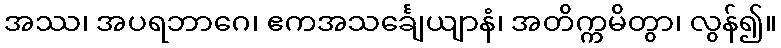
အဿ၊ အပရဘာဂေ၊ ဧကအသင်္ချေယျာနံ၊ အတိက္ကမိတွာ၊ လွန်၍။